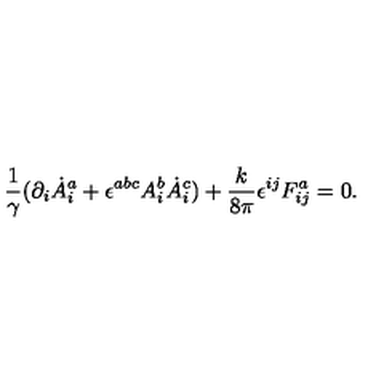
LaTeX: \frac { 1 } { \gamma } ( \partial _ { i } \dot { A } _ { i } ^ { a } + \epsilon ^ { a b c } A _ { i } ^ { b } \dot { A } _ { i } ^ { c } ) + \frac { k } { 8 \pi } \epsilon ^ { i j } F _ { i j } ^ { a } = 0 .